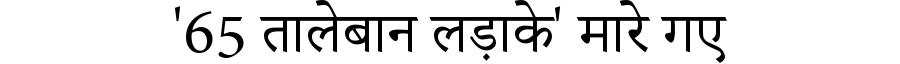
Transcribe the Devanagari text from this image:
'65 तालेबान लड़ाके' मारे गए